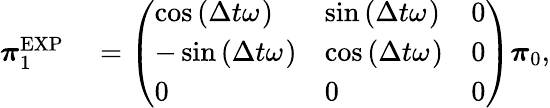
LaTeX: \begin{array}{rl}{\boldsymbol{\pi}_{1}^{\mathrm{EXP}}}&{{}=\left(\begin{array}{lll}{\cos\left(\Delta t{}\omega_{}\right)}&{\sin\left(\Delta t{}\omega_{}\right)}&{0}\\ {-\sin\left(\Delta t{}\omega_{}\right)}&{\cos\left(\Delta t{}\omega_{}\right)}&{0}\\ {0}&{0}&{0}\end{array}\right)\boldsymbol{\pi}_{0},}\end{array}